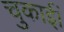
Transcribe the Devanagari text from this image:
चुकाईं।